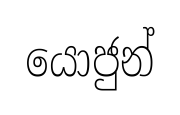
යොජුන්